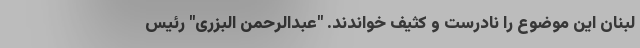
لبنان این موضوع را نادرست و کثیف خواندند. "عبدالرحمن البزری" رئیس